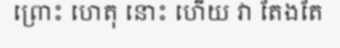
ព្រោះ ហេតុ នោះ ហើយ វា តែងតែ